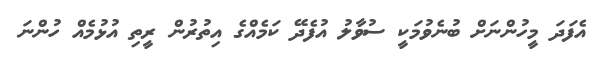
އެފަދަ މީހުންނަށް ބުނެވުމަކީ ސުވާލު އުފެދޭ ކަމެއްގެ އިތުރުން ރީތި އުޅުމެއް ހުންނަ